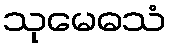
သုမေဓသံ